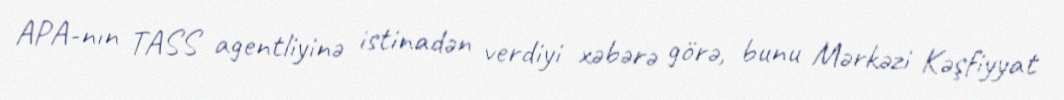
APA-nın TASS agentliyinə istinadən verdiyi xəbərə görə, bunu Mərkəzi Kəşfiyyat